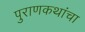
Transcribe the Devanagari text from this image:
पुराणकथांचा